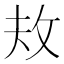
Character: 𪯈